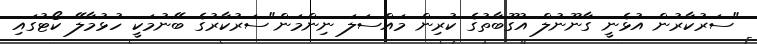
"ސަރުކާރުން އުޅެނީ ގާނޫނުލް އުގޫބާތުގެ ކުރިން މައްސަލަ ނިންމަން"ސަރުކާރުގެ ބޭނުމަކީ ހުޅުމާލޭ ކޯޓުގައި